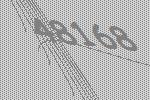
48168